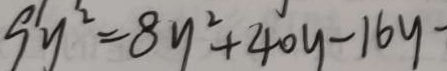
9 y ^ { 2 } = 8 y ^ { 2 } + 4 0 y - 1 6 y -